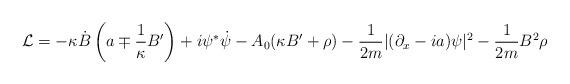
LaTeX: \begin{align*}{\cal L} = - \kappa \dot{B} \left( a \mp \frac{1}{\kappa} B' \right) + i\psi^\ast \dot{\psi} - A_0 (\kappa B' + \rho) - \frac{1}{2m} | (\partial_x -ia) \psi |^2 - \frac{1}{2m} B^2 \rho\end{align*}